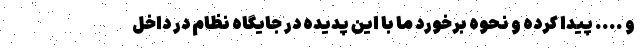
و .... پیدا کرده و نحوه برخورد ما با این پدیده در جایگاه نظام در داخل